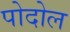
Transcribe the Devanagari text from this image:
पोदोल